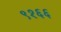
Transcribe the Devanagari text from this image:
९१६६